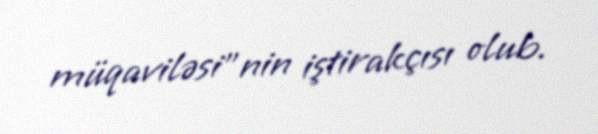
müqaviləsi”nin iştirakçısı olub.